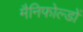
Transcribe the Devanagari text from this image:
मैनिफोल्डों